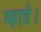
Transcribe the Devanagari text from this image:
म्हात्रे।